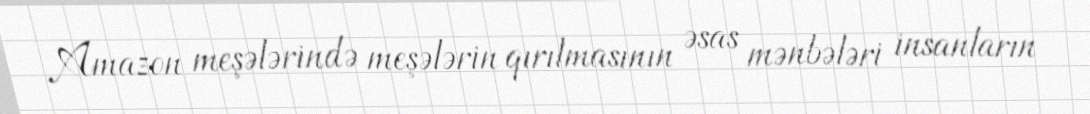
Amazon meşələrində meşələrin qırılmasının əsas mənbələri insanların